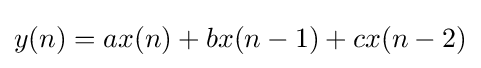
y(n)=ax(n)+bx(n-1)+cx(n-2)